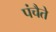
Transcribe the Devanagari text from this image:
पंचैते